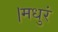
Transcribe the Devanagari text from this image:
।मधुरं